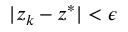
| z _ { k } - z ^ { * } | < \epsilon